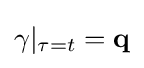
\gamma |_{\tau =t}=\mathbf {q}